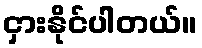
ငှားနိုင်ပါတယ်။